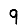
Digit: 9